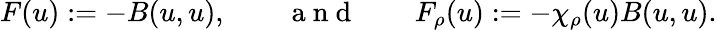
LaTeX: F(u):=-B(u,u),\qquad\mathrm{~a~n~d~}\qquad F_{\rho}(u):=-\chi_{\rho}(u)B(u,u).